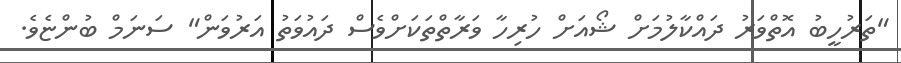
"ތަރުހީބު އޮތްވަރު ދައްކާލުމަށް ޝޯއަށް ހުރިހާ ވަރާތްތަކަށްވެސް ދައުވަތު އަރުވަން" ސަނަމް ބުންޏެވެ.